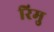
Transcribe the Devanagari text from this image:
रिमु